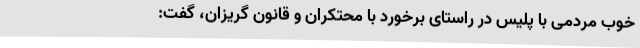
خوب مردمی با پلیس در راستای برخورد با محتکران و قانون گریزان، گفت: